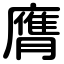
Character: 膺